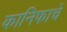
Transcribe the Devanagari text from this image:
कानिफाचें